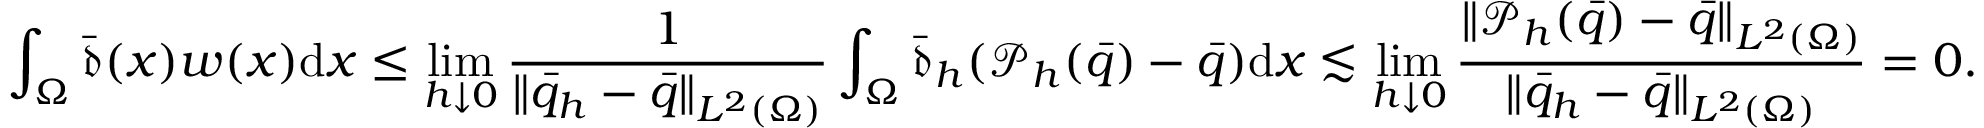
\int _ { \Omega } \bar { \mathfrak { d } } ( x ) w ( x ) \mathrm { d } x \leq \operatorname* { l i m } _ { h \downarrow 0 } \frac { 1 } { \| \bar { q } _ { h } - \bar { q } \| _ { L ^ { 2 } ( \Omega ) } } \int _ { \Omega } \bar { \mathfrak { d } } _ { h } ( \mathcal { P } _ { h } ( \bar { q } ) - \bar { q } ) \mathrm { d } x \lesssim \operatorname* { l i m } _ { h \downarrow 0 } \frac { \| \mathcal { P } _ { h } ( \bar { q } ) - \bar { q } \| _ { L ^ { 2 } ( \Omega ) } } { \| \bar { q } _ { h } - \bar { q } \| _ { L ^ { 2 } ( \Omega ) } } = 0 .